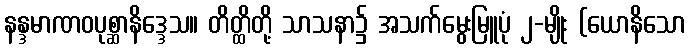
နန္ဒမာဏဝပုစ္ဆာနိဒ္ဒေသ။ တိတ္ထိတို့ သာသနာ၌ အသက်မွေးမြူပုံ ၂-မျိုး (ယောနိသော